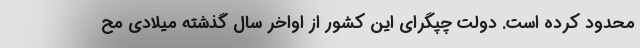
محدود کرده است. دولت چپگرای این کشور از اواخر سال گذشته میلادی مح